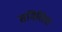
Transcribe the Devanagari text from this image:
समितिय़ा